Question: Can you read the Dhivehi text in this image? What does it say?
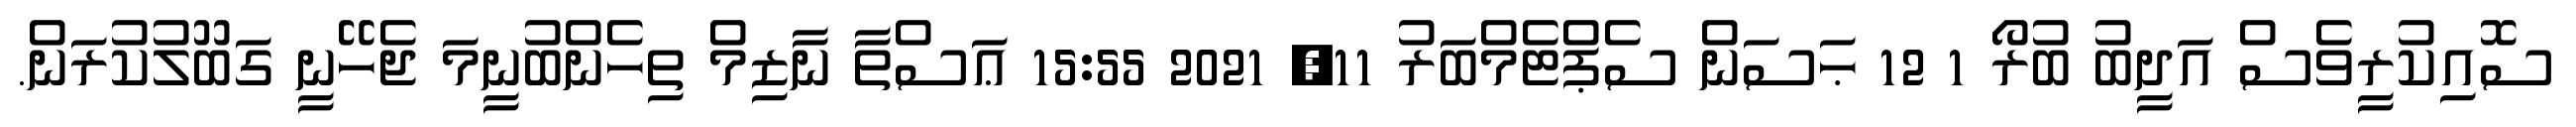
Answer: ސޮއިކުރީވެސް އަދީބު ބުރޯ 1 12 ޙަސަން ސެޕްޓެމްބަރު 11, 2021 15:55 ޢަސްތާ ނާޒިމް ތިހެންބުނީމަ ޖެހޭނީ ގަބޫލުކުރަން.